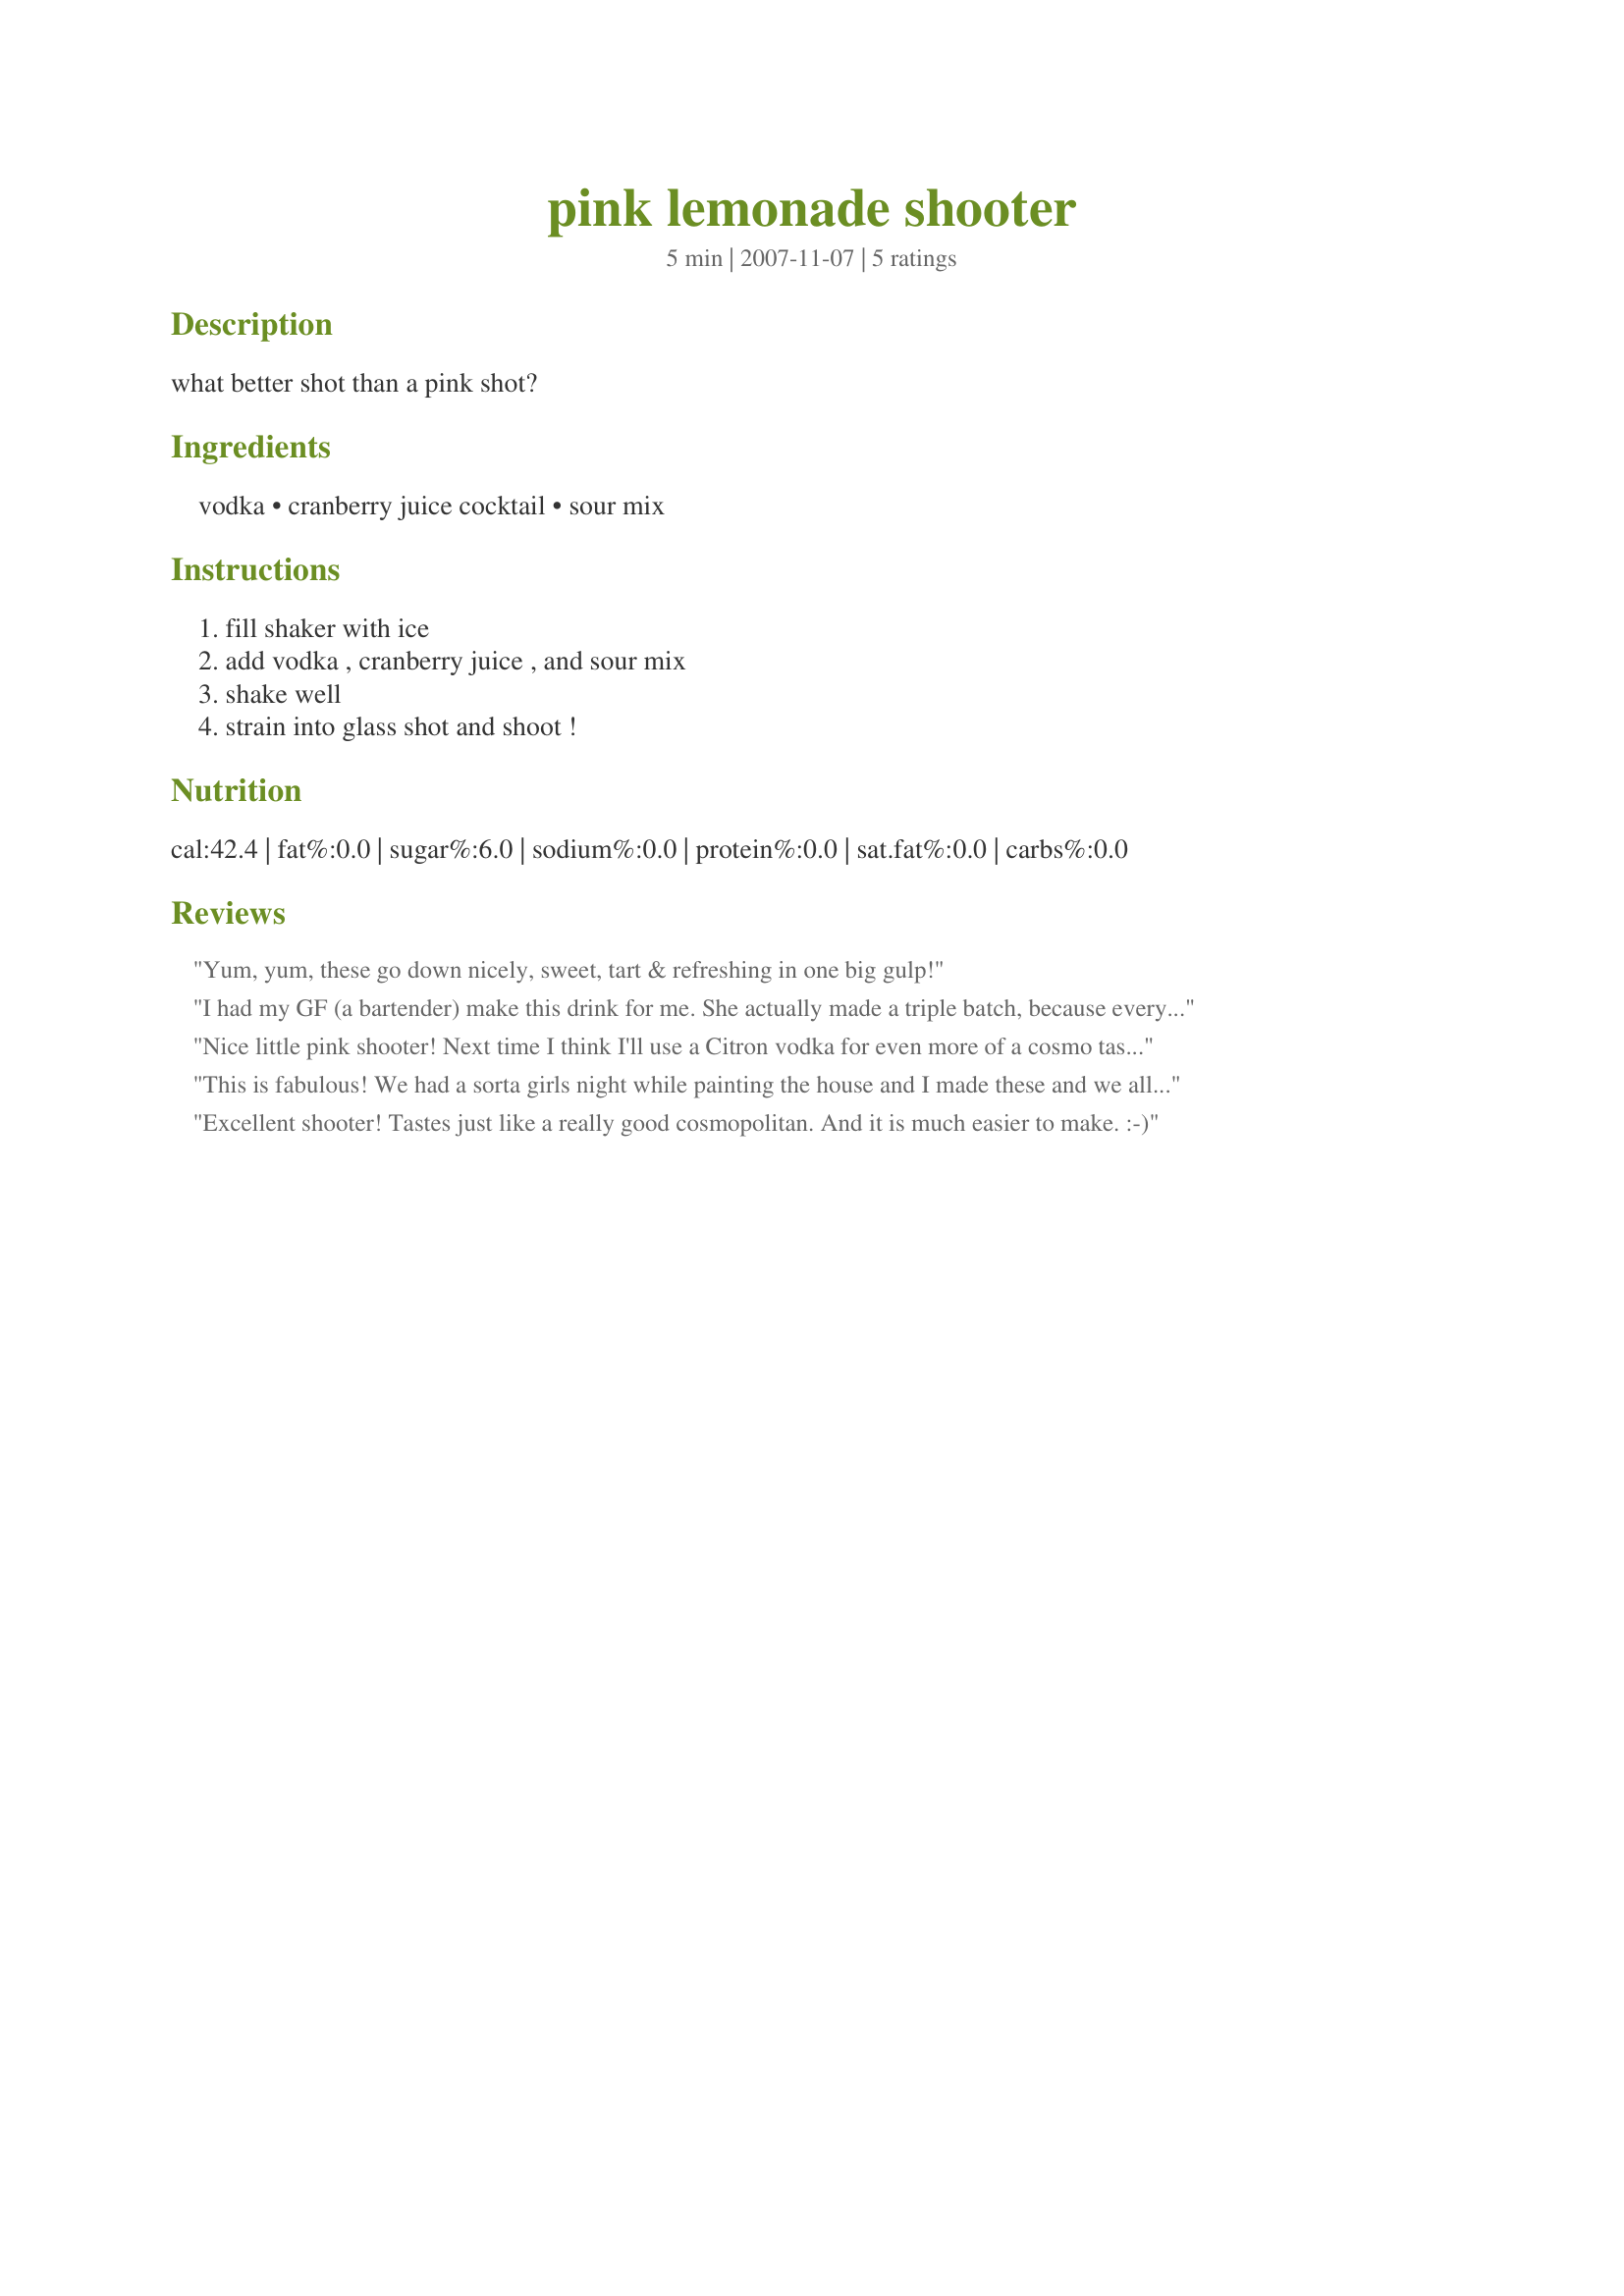
pink lemonade shooter
Preparation time: 5 minutes

what better shot than a pink shot?

Ingredients:
vodka, cranberry juice cocktail, sour mix

Steps:
fill shaker with ice, add vodka , cranberry juice , and sour mix, shake well, strain into glass shot and shoot !

Reviews:
Yum, yum, these go down nicely, sweet, tart & refreshing in one big gulp!
I had my GF (a bartender) make this drink for me. She actually made a triple batch, because everyone at the tavern wanted to taste them, too. It was a huge hit with everyone who decided to try the shots. She&#039;s going to start offering them to patrons who ask what she recommends as a nice &quot;change of pace&quot; shooter. Thank you for posting. (Made in memory of my father and also my MIL for &quot;Think Pink&quot; October 2013)
Nice little pink shooter! Next time I think I'll use a Citron vodka for even more of a cosmo taste. Thanks MeliBug!
This is fabulous! We had a sorta girls night while painting the house and I made these and we all agreed - 5 stars fab!!! Thanks Amanda!
Excellent shooter! Tastes just like a really good cosmopolitan. And it is much easier to make. :-)
